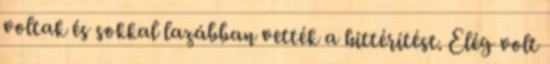
voltak és sokkal lazábban vették a hittérítést. Elég volt